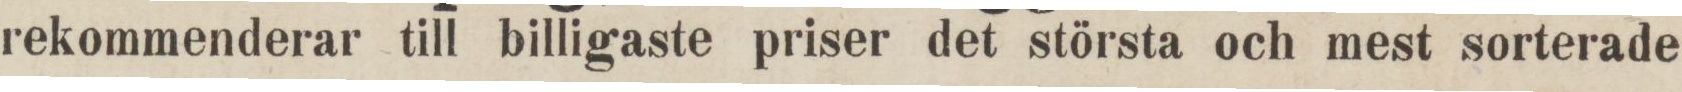
rekommenderar till billigaste priser det största och mest sorterade